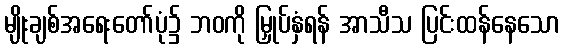
မျိုးချစ်အရေးတော်ပုံ၌ ဘဝကို မြှုပ်နှံရန် အာသီသ ပြင်းထန်နေသော